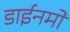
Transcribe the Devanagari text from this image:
डाईनमो